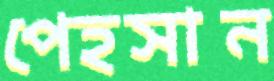
পেহসান